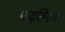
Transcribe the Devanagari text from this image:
पद्धतिगत